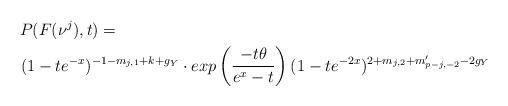
LaTeX: \begin{align*}P(F(\nu^{j}),t)=\ \ \ \ \ \ \ \ \ \ \ \ \ \ \ \ \ \ \ \ \ \ \ \ \ \ \ \ \ \ \ \ \ \ \ \ \ \ \ \ \ \ \ \ \ \ \ \ \ \ \ \ \ \ \ \ \ \ \ \ \ \ \ \ \ \ \ \ \ &\\(1-te^{-x})^{-1-m_{j,1}+k+g_{Y}}\cdot exp\left(\frac{-t\theta}{e^{x}-t}\right)(1-te^{-2x})^{2+m_{j,2}+m'_{p-j,-2}-2g_{Y}}\end{align*}